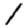
Digit: 1